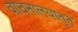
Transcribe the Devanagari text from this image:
वाचनालयातून